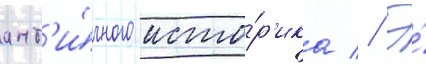
ант'и́чного исто́р'ика // Э́